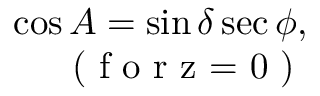
\begin{array} { r } { \cos A = \sin \delta \sec \phi , } \\ { \textrm { ( f o r z = 0 ) } } \end{array}